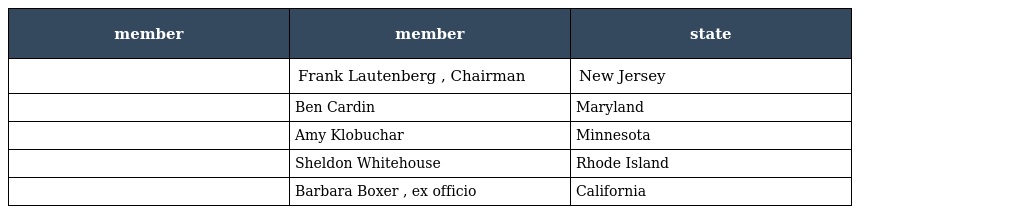
| member | member | state |
 | --- | --- | --- |
 |  | Frank Lautenberg , Chairman | New Jersey |
 |  | Ben Cardin | Maryland |
 |  | Amy Klobuchar | Minnesota |
 |  | Sheldon Whitehouse | Rhode Island |
 |  | Barbara Boxer , ex officio | California |